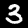
Digit: 3